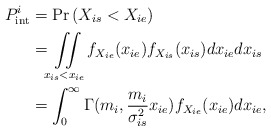
\begin{align*}P_{{\mathop{\textrm {int}}} }^i&=\Pr \left( {{X_{is}} < {X_{ie}}} \right)\\&= \iint\limits_{{{x_{is}} < {x_{ie}}}} {{{f_{{X_{ie}}}}({x_{ie}}){f_{{X_{is}}}}({x_{is}})d{x_{ie}}d{x_{is}}}} \\&= \int_0^\infty {\Gamma ({m_i},\frac{{{m_i}}}{{\sigma _{is}^2}}{x_{ie}}){f_{{X_{ie}}}}({x_{ie}})d{x_{ie}}} ,\end{align*}